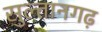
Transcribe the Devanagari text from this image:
सुल्तानगढ़